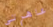
عاهرتي